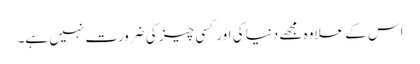
اس کے علاوہ مجھے دنیا کی اور کسی چیز کی ضرورت نہیں ہے۔